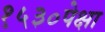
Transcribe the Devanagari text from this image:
१५३०पेक्षा